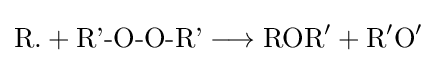
{{\text{R.}}{}+{}{\text{R'-O-O-R'}}{}\mathrel {\longrightarrow } {}\mathrm {ROR} {\vphantom {A}}^{\prime }{}+{}\mathrm {R} {\vphantom {A}}^{\prime }\mathrm {O} {\vphantom {A}}^{\prime }}